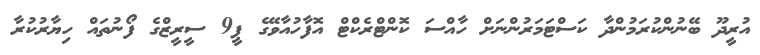
އުރީދޫ ބޭނުންކުރަމުންދާ ކަސްޓަމަރުންނަށް ހާއްސަ ކޮންޓްރެކްޓް އޮފާހުއާވޭގެ ޕީ9 ސީރީޒްގެ ފޯނުތައް ހިޔާރުކުރާ